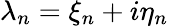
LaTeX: \lambda_{n}=\xi_{n}+i\eta_{n}